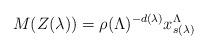
LaTeX: \begin{align*}M(Z(\lambda))=\rho(\Lambda)^{-d(\lambda)}x^\Lambda_{s(\lambda)}\end{align*}